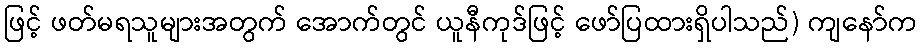
ဖြင့် ဖတ်မရသူများအတွက် အောက်တွင် ယူနီကုဒ်ဖြင့် ဖော်ပြထားရှိပါသည်) ကျနော်က